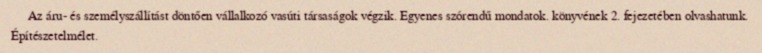
Az áru- és személyszállítást döntően vállalkozó vasúti társaságok végzik. Egyenes szórendű mondatok. könyvének 2. fejezetében olvashatunk. Építészetelmélet.